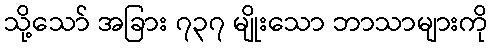
သို့သော် အခြား ၇၃၇ မျိုးသော ဘာသာများကို